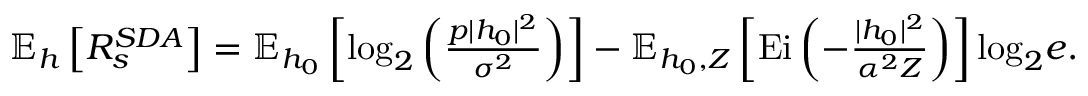
\begin{array} { r } { \mathbb { E } _ { \boldsymbol { h } } \left[ R _ { s } ^ { S D A } \right] = \mathbb { E } _ { \boldsymbol { h _ { 0 } } } \left[ \mathrm { l o g } _ { 2 } \left( \frac { p | h _ { 0 } | ^ { 2 } } { \sigma ^ { 2 } } \right) \right] - \mathbb { E } _ { \boldsymbol { h _ { 0 } } , Z } \left[ \mathrm { E i } \left( - \frac { | h _ { 0 } | ^ { 2 } } { \alpha ^ { 2 } Z } \right) \right] \mathrm { l o g } _ { 2 } e . } \end{array}